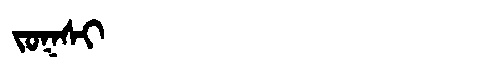
Manchu: ᠵᠣᡴᠰᡳ
Romanization: JOKSI